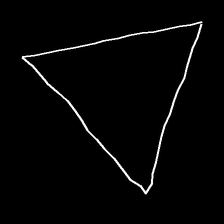
Glyph: convergence